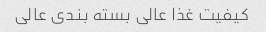
کیفیت غذا عالی بسته بندی عالی